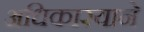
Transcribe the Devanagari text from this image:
अधिकारयाने